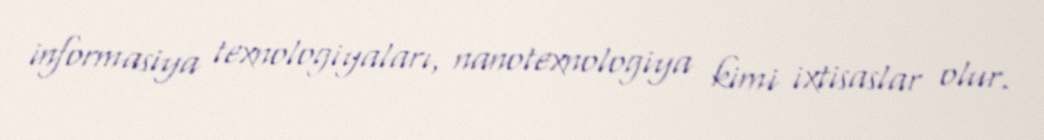
informasiya texnologiyaları, nanotexnologiya kimi ixtisaslar olur.